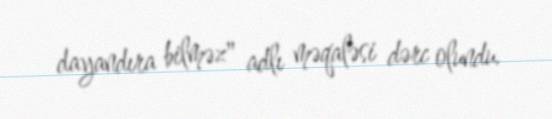
dayandıra bilməz" adlı məqaləsi dərc olundu.